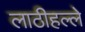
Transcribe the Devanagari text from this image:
लाठीहल्ले